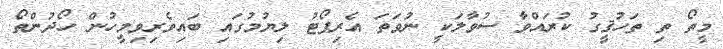
މީތޯ ތި ތަހުޤީގު ކުރައްވާ ސުވާލަކީ ނުވަތަ އެރިޕޯޓު ލިޔުމުގައި ބައިވެރިވިމީހުން ހޯދުންތޯ